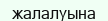
жалалуына